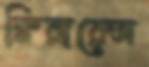
ক্লিয়ারেন্স